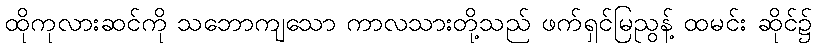
ထိုကုလားဆင်ကို သဘောကျသော ကာလသားတို့သည် ဖက်ရှင်မြညွန့် ထမင်း ဆိုင်၌